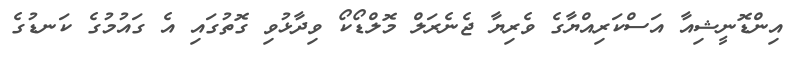
އިންޑޮނީޝިއާ އަސްކަރިއްޔާގެ ވެރިޔާ ޖެނެރަލް މޮލްޑޯކޯ ވިދާޅުވި ގޮތުގައި އެ ގައުމުގެ ކަނޑުގެ